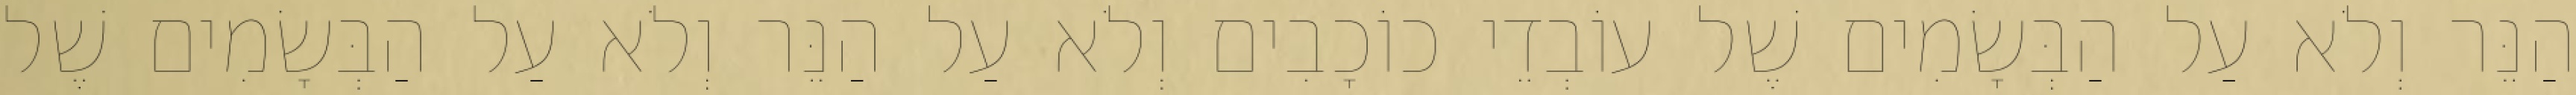
הַנֵּר וְלֹא עַל הַבְּשָׂמִים שֶׁל עוֹבְדֵי כוֹכָבִים וְלֹא עַל הַנֵּר וְלֹא עַל הַבְּשָׂמִים שֶׁל